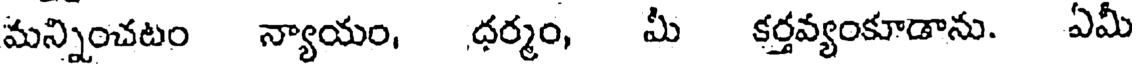
మన్నించటం న్యాయం, ధర్మం, మీ కర్తవ్యంకూడాను. ఏమీ